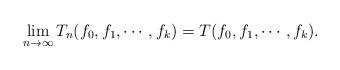
LaTeX: \begin{align*} \lim_{n\to\infty}T_n(f_0,f_1,\cdots,f_k)=T(f_0,f_1,\cdots,f_k). \end{align*}